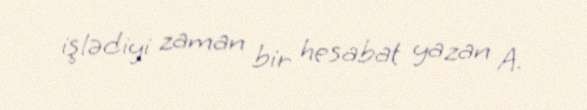
işlədiyi zaman bir hesabat yazan A.